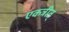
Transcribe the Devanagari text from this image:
एकत्रीत्